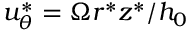
u _ { \theta } ^ { * } = \Omega r ^ { * } z ^ { * } / h _ { 0 }